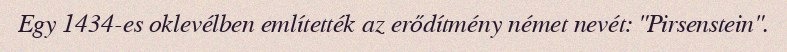
Egy 1434-es oklevélben említették az erődítmény német nevét: "Pirsenstein".